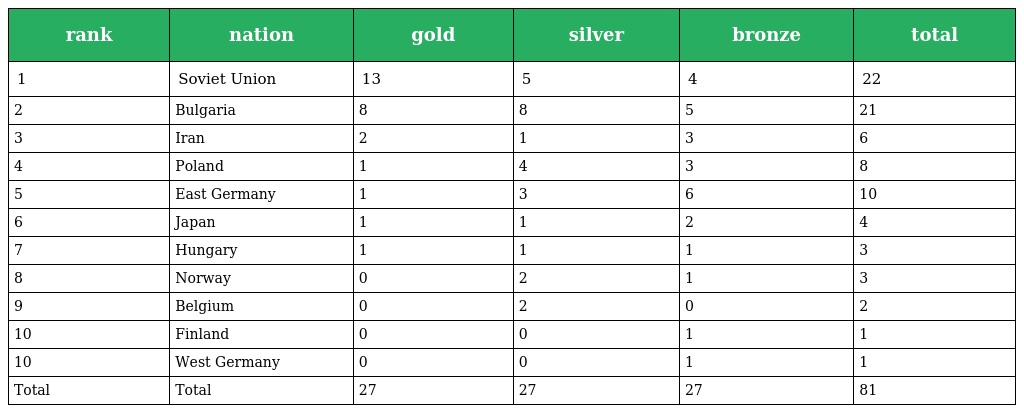
| rank | nation | gold | silver | bronze | total |
 | --- | --- | --- | --- | --- | --- |
 | 1 | Soviet Union | 13 | 5 | 4 | 22 |
 | 2 | Bulgaria | 8 | 8 | 5 | 21 |
 | 3 | Iran | 2 | 1 | 3 | 6 |
 | 4 | Poland | 1 | 4 | 3 | 8 |
 | 5 | East Germany | 1 | 3 | 6 | 10 |
 | 6 | Japan | 1 | 1 | 2 | 4 |
 | 7 | Hungary | 1 | 1 | 1 | 3 |
 | 8 | Norway | 0 | 2 | 1 | 3 |
 | 9 | Belgium | 0 | 2 | 0 | 2 |
 | 10 | Finland | 0 | 0 | 1 | 1 |
 | 10 | West Germany | 0 | 0 | 1 | 1 |
 | Total | Total | 27 | 27 | 27 | 81 |